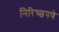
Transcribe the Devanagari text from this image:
निरिच्छपणे